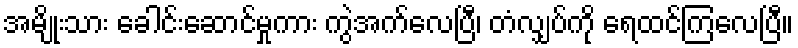
အမျိုးသား ခေါင်းဆောင်မှုကား ကွဲအက်လေပြီ၊ တံလျှပ်ကို ရေထင်ကြလေပြီ။